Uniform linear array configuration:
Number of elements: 8
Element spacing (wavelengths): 0.5
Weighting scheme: binomial
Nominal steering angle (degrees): -15
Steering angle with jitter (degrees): -14.553
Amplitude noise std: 0.05
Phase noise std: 0.05

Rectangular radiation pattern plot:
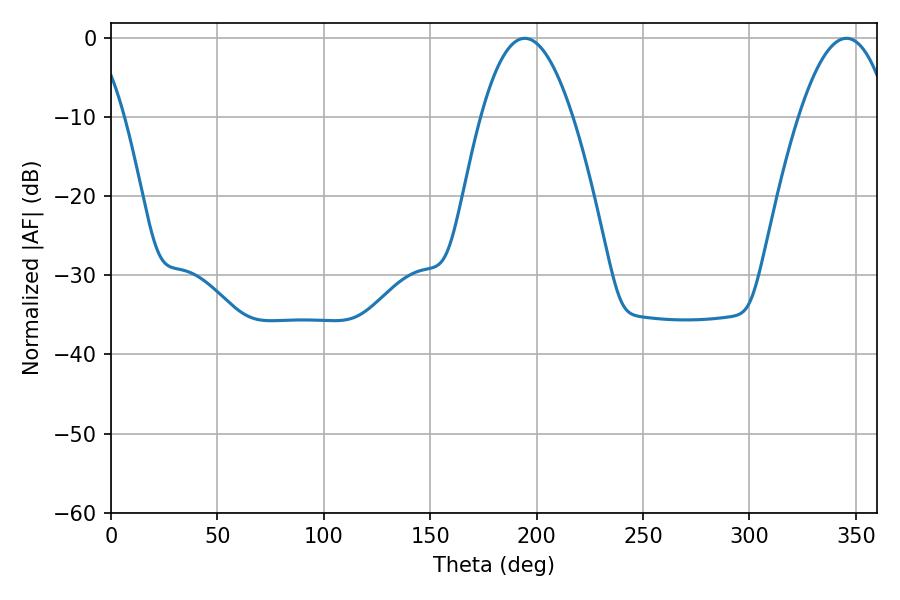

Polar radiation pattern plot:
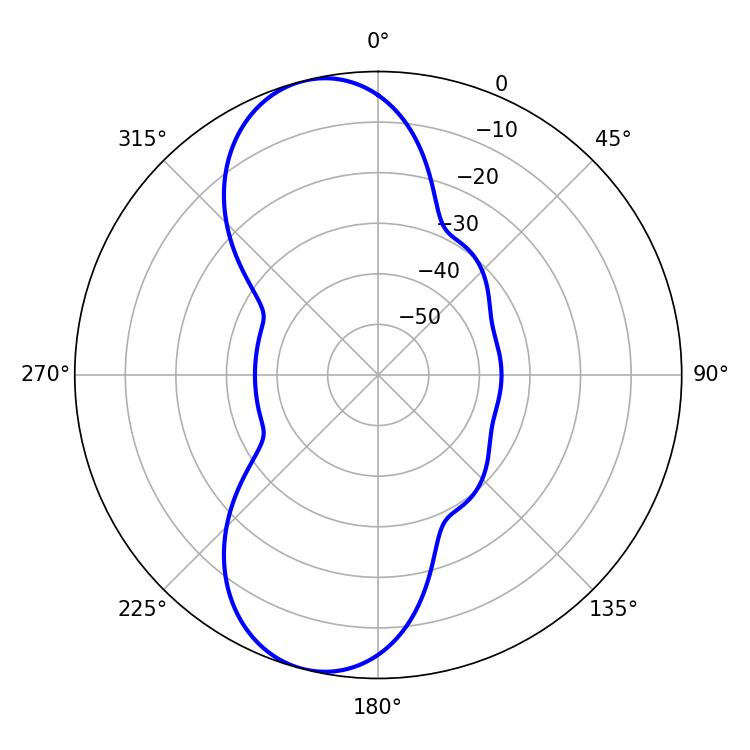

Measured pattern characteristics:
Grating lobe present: FALSE
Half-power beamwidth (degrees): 23.58
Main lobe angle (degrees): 194.4